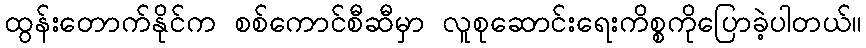
ထွန်းတောက်နိုင်က စစ်ကောင်စီဆီမှာ လူစုဆောင်းရေးကိစ္စကိုပြောခဲ့ပါတယ်။